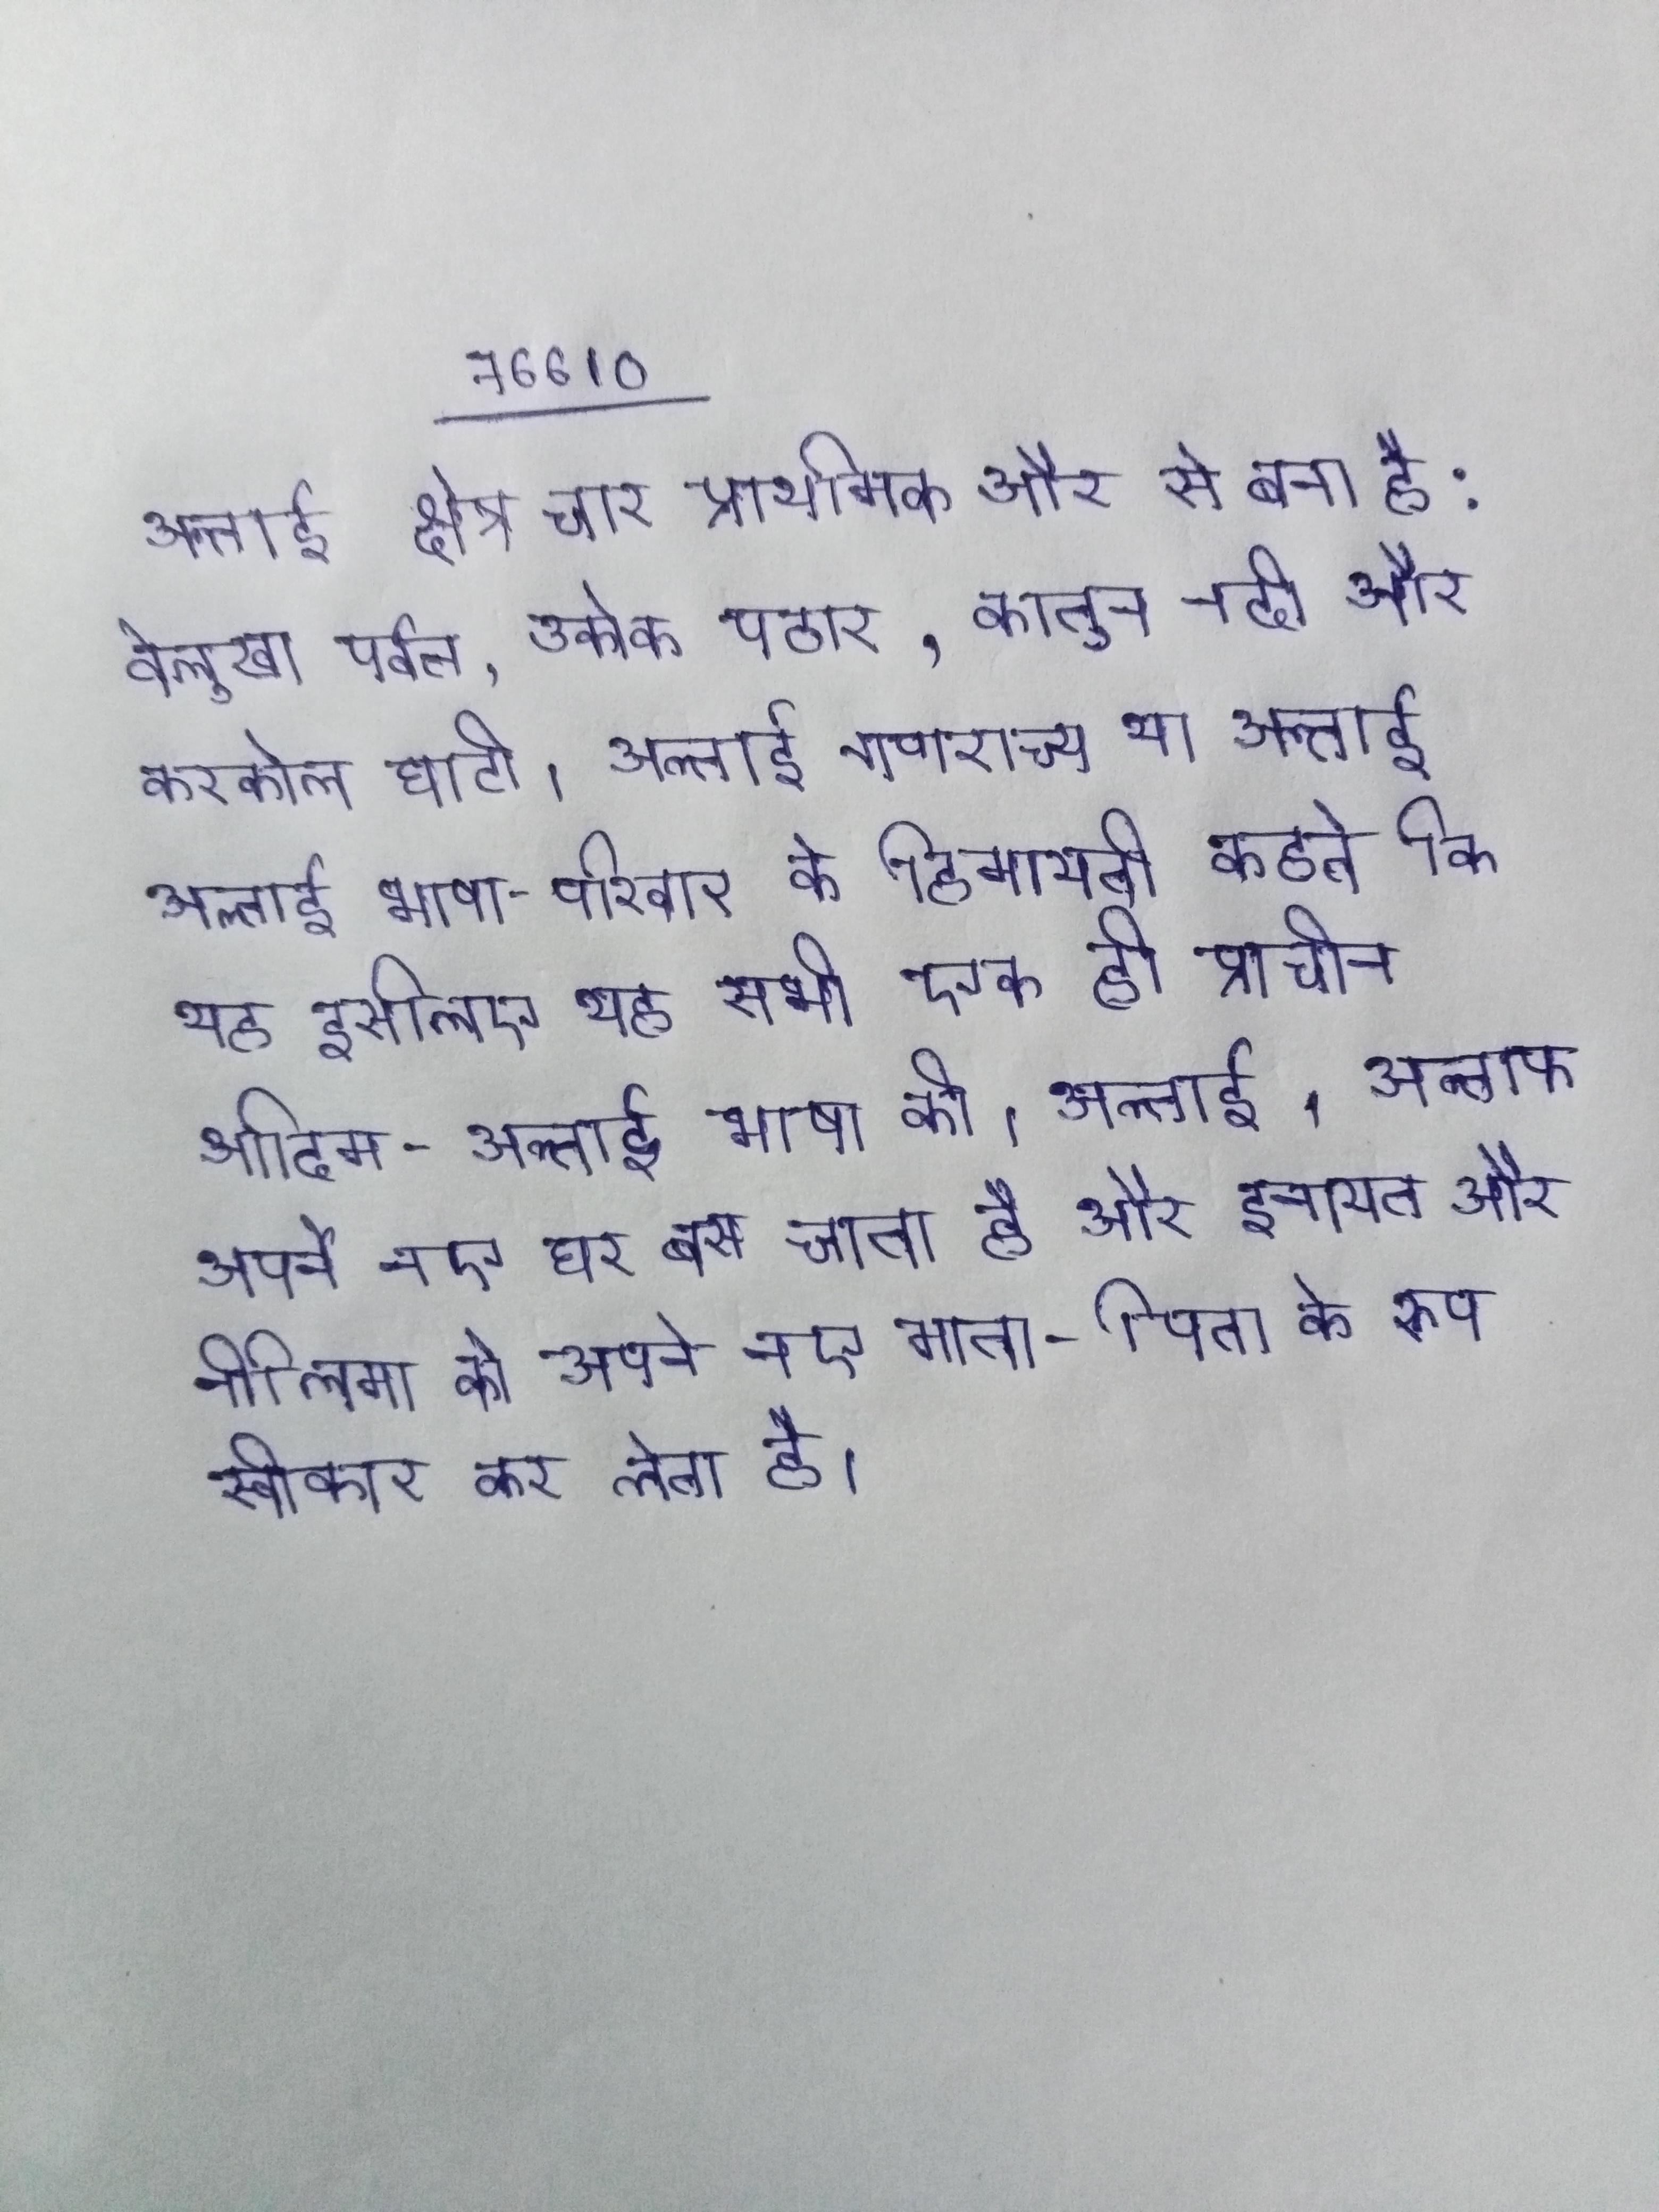
अल्ताई क्षेत्र चार प्राथमिक और से बना है: बेलुखा पर्वत, उकोक पठार, कातून नदी और करकोल घाटी । अल्ताई गणराज्य या अल्ताई अल्ताई भाषा-परिवार के हिमायती कहते कि यह इसलिए यह सभी एक ही प्राचीन आदिम-अल्ताई भाषा की । अल्ताफ अपने नए घर बस जाता है और इनायत और नीलिमा को अपने नए माता-पिता के रूप स्वीकार कर लेता है ।